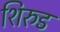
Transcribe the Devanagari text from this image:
शिरुड